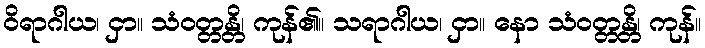
ဝိရာဂါယ၊ ငှာ။ သံဝတ္တန္တိ၊ ကုန်၏။ သရာဂါယ၊ ငှာ။ နော သံဝတ္တန္တိ၊ ကုန်။